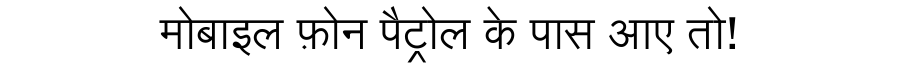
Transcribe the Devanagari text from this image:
मोबाइल फ़ोन पैट्रोल के पास आए तो!